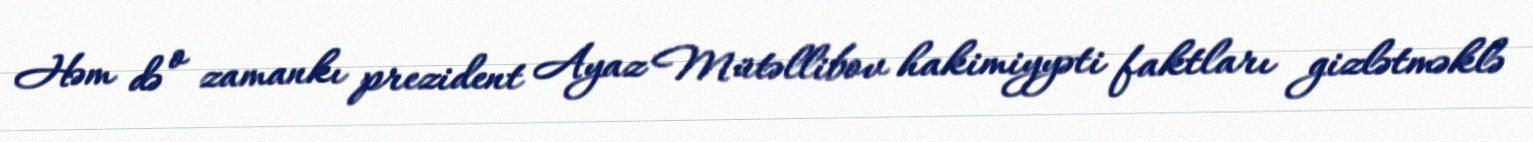
Həm də o zamankı prezident Ayaz Mütəllibov hakimiyyəti faktları gizlətməklə